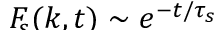
\smash { \ensuremath { F _ { \! s } } ( k , t ) \sim e ^ { - t / \tau _ { s } } }